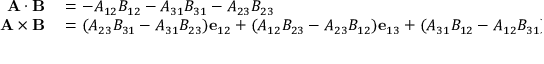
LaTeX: \begin{array} { r l } { \mathbf { A } \cdot \mathbf { B } } & { { } = - A _ { 1 2 } B _ { 1 2 } - A _ { 3 1 } B _ { 3 1 } - A _ { 2 3 } B _ { 2 3 } } \\ { \mathbf { A } \times \mathbf { B } } & { { } = ( A _ { 2 3 } B _ { 3 1 } - A _ { 3 1 } B _ { 2 3 } ) \mathbf { e } _ { 1 2 } + ( A _ { 1 2 } B _ { 2 3 } - A _ { 2 3 } B _ { 1 2 } ) \mathbf { e } _ { 1 3 } + ( A _ { 3 1 } B _ { 1 2 } - A _ { 1 2 } B _ { 3 1 } ) \mathbf { e } _ { 2 3 } . } \end{array}